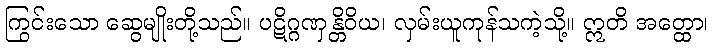
ကြွင်းသော ဆွေမျိုးတို့သည်။ ပဋိဂ္ဂဏှန္တိဝိယ၊ လှမ်းယူကုန်သကဲ့သို့။ ဣတိ အတ္ထော၊